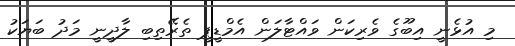
މި އުޅެނީ އިބޫގެ ވެރިކަން ވައްޓާލަން އެމްޑީޕީ ތެރޭތިބި ލާދީނީ މަދު ބަޔަކު